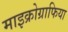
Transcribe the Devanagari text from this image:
माइक्रोग्राफिया